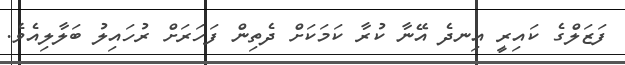
ފަޒަލްގެ ކައިރީ އިނދެ އޭނާ ކުރާ ކަމަކަށް ދެތިން ފަހަރަށް ރުހައިލު ބަލާލިއެވެ.